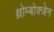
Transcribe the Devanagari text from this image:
थ्रोम्बोक्जेन